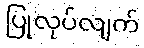
ပြုလုပ်လျက်